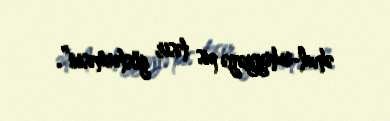
əhval-ruhiyyəyə pis təsir göstərməsin”.